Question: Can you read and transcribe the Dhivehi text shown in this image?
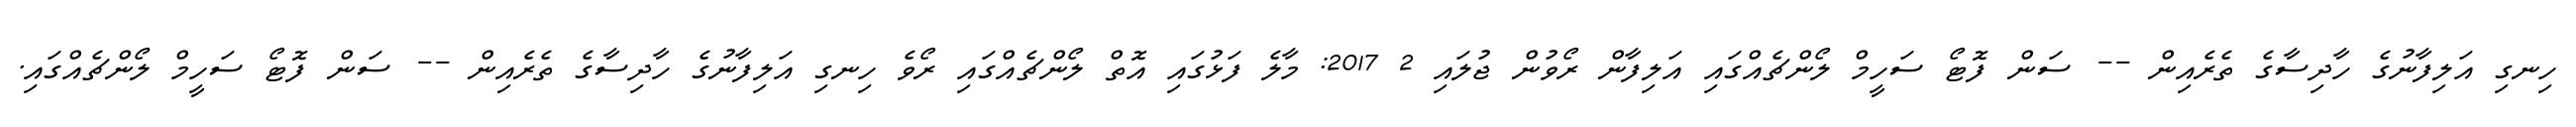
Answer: ހިނގި އަލިފާނުގެ ހާދިސާގެ ތެރެއިން -- ސަން ފޮޓޯ ސަހީމް ލޯންޗެއްގައި އަލިފާން ރޯވުން ޖުލައި 2 2017: މާލެ ފަޅުގައި އޮތް ލޯންޗެއްގައި ރޯވެ ހިނގި އަލިފާނުގެ ހާދިސާގެ ތެރެއިން -- ސަން ފޮޓޯ ސަހީމް ލޯންޗެއްގައި.